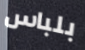
بلباس